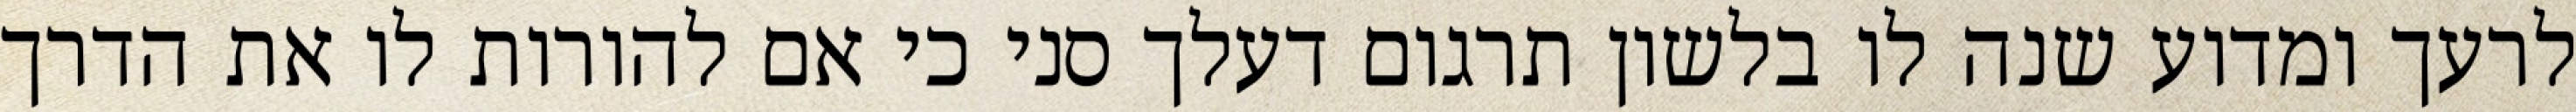
לרעך ומדוע שנה לו בלשון תרגום דעלך סני כי אם להורות לו את הדרך